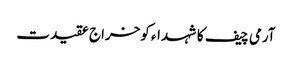
آرمی چیف کا شہداء کوخراج عقیدت